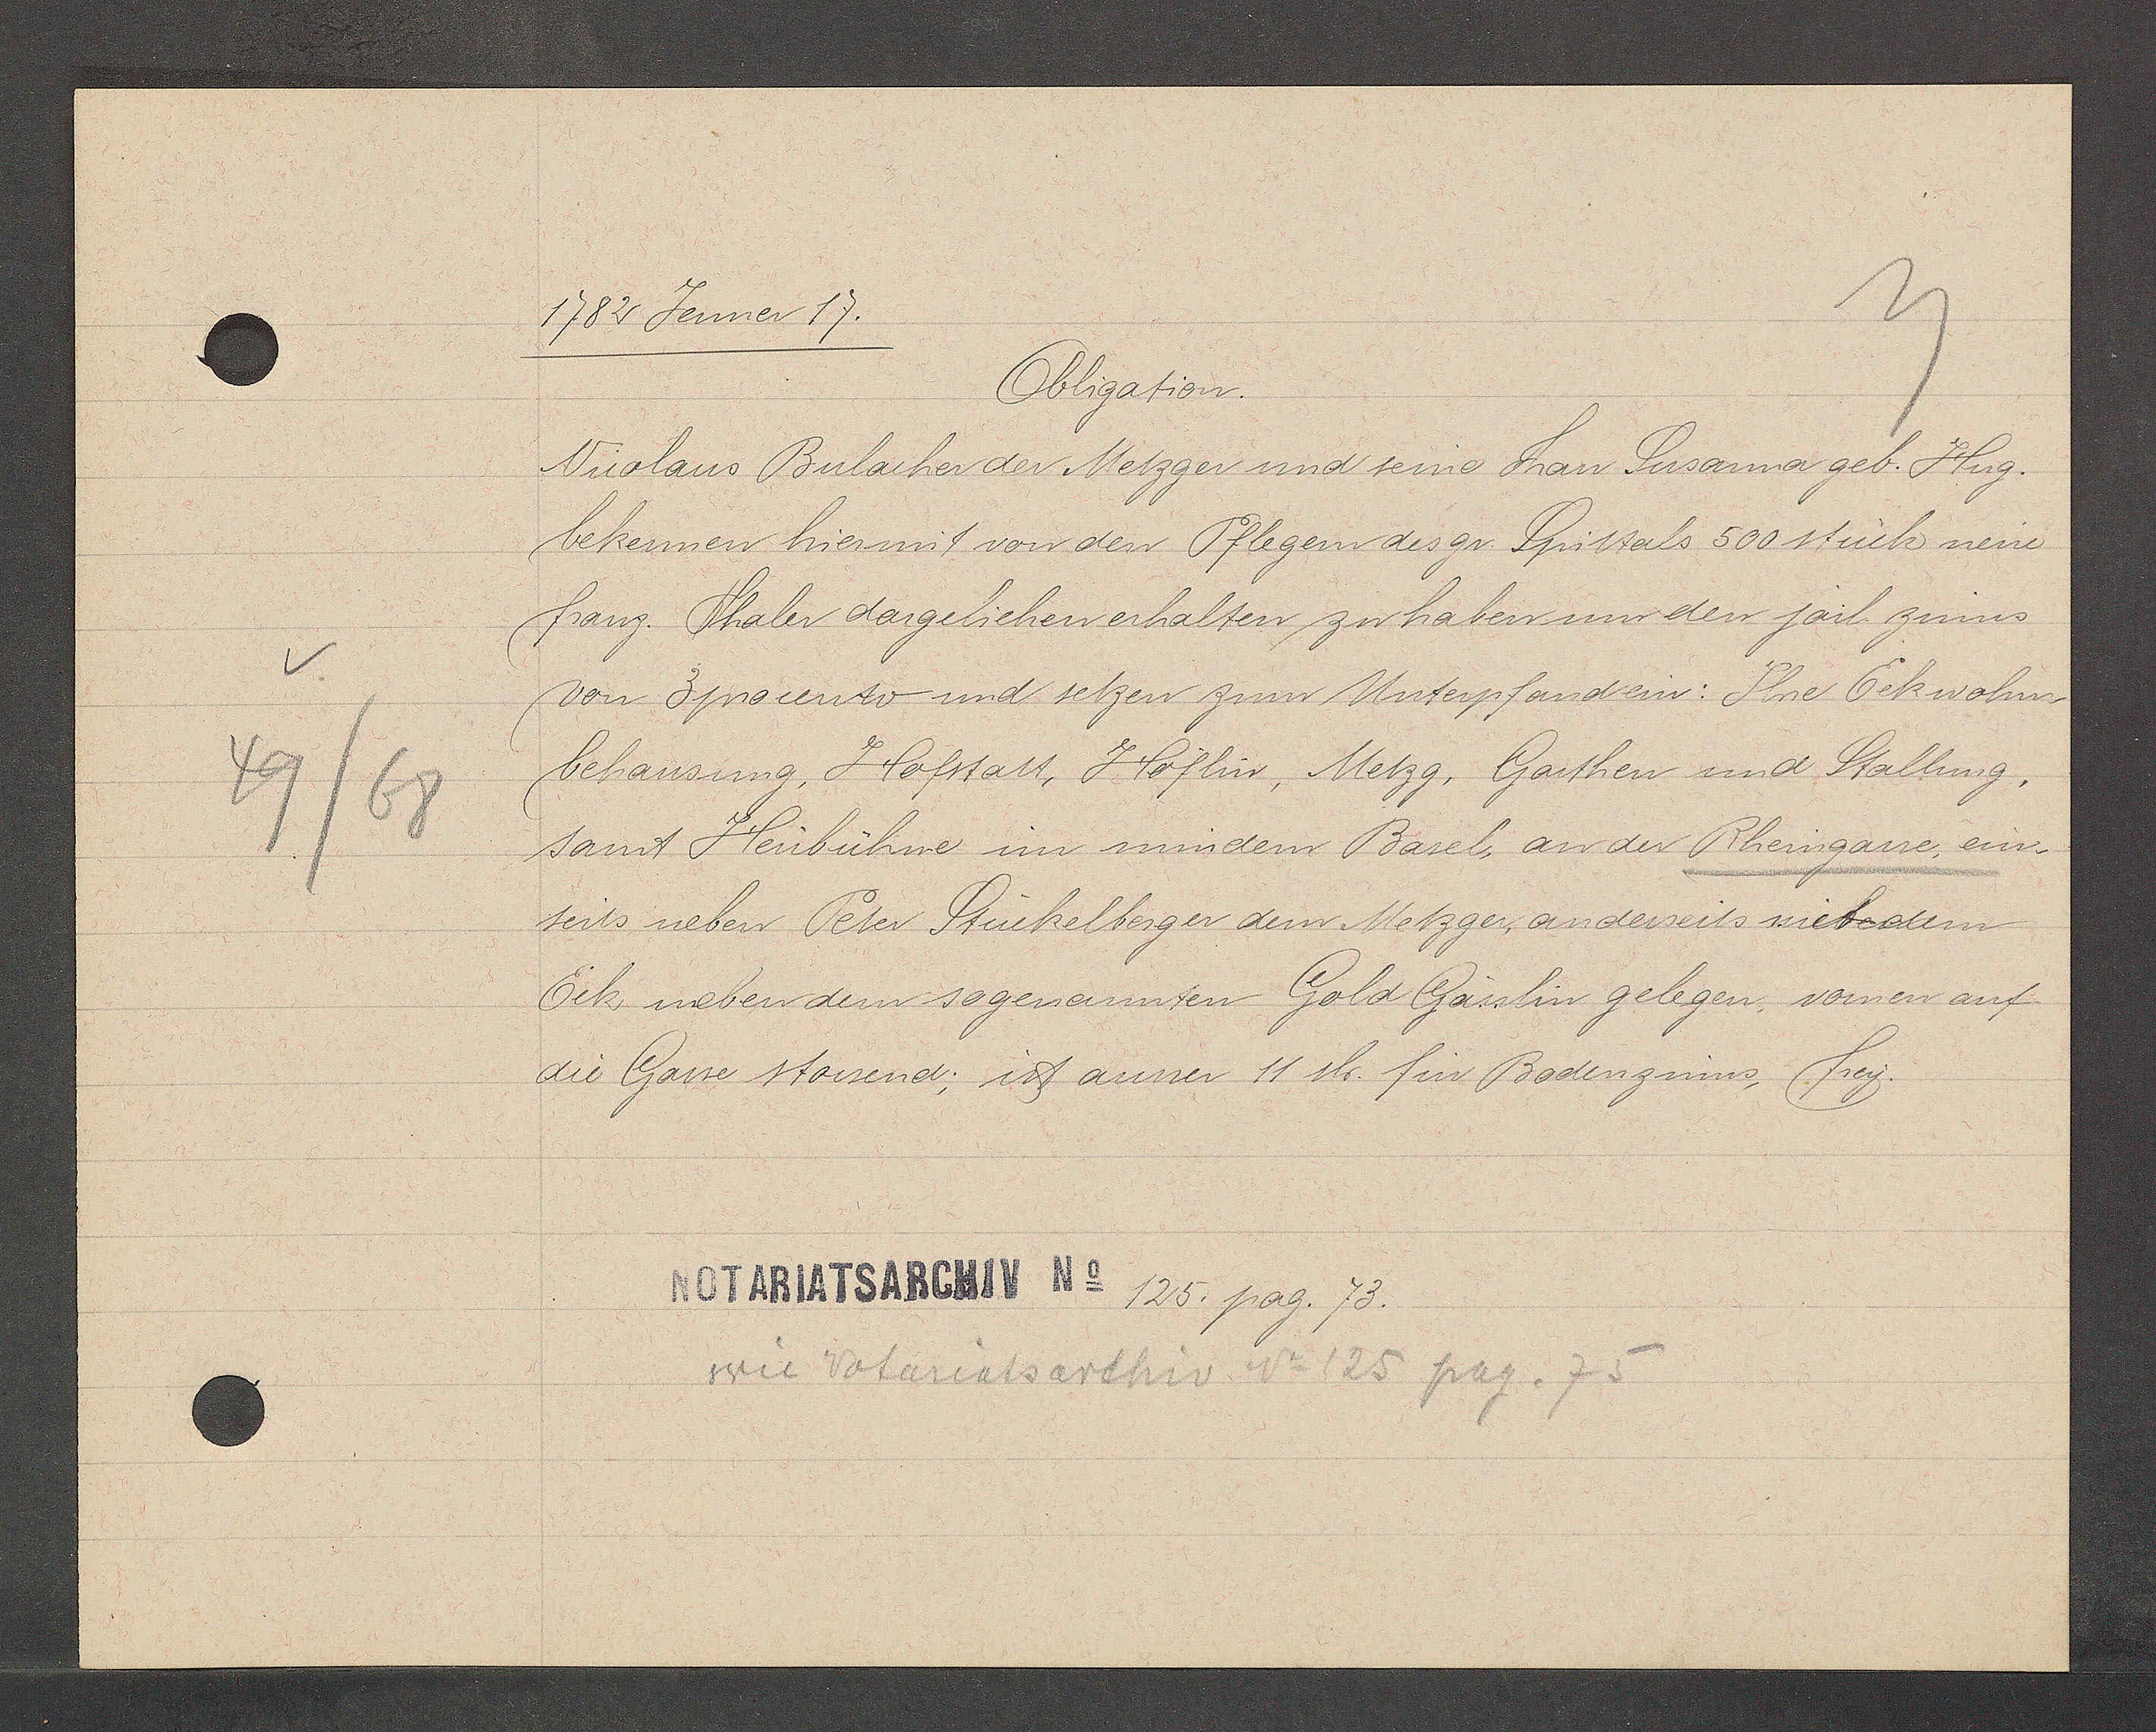
Transcript:
v
49/68

1782 Jenner 17.

Obligation.
Nicolaus Bulacher der Metzger und seine Frau Susanna geb. Hug.
bekennen hiermit von den Pflegem des gr. Spittals 500 stück neue
franz. Thaler dargeliehen erhalten zu haben um den jail. zinns
von 3procento und setzen zum Unterpfand ein: Ihre Eckwohn¬
behausung, Hofstatt, Höflin, Metzg, Garthen und Stallung,
samt Heubühne im mindern Basel, an der Rheingasse ein¬
seits neben Peter Stückelberger dem Metzger, anderseits mit dem
Eck neben dem so genannten Gold Gässlin gelegen, vomen auf
die Gasse stossend; ist ausser 11 sh. für Bodenzinns, frey.

Notariatsarchiv No 125. pag. 73.

wie Notariatsarchiv. No 125 pag. 75